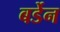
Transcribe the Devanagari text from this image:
बर्डेन